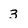
Character: 3